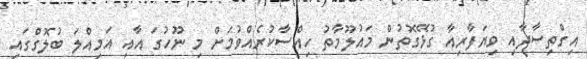
އިގްތިސާދާއި ވިޔަފާރިއާ ގުޅޭގޮތުން މައުލޫމާތު ހިއްސާކުރެއްވުމަށް މި ނޫހުގަ އާއި އަމިއްލަ ބުލޮގްގައި